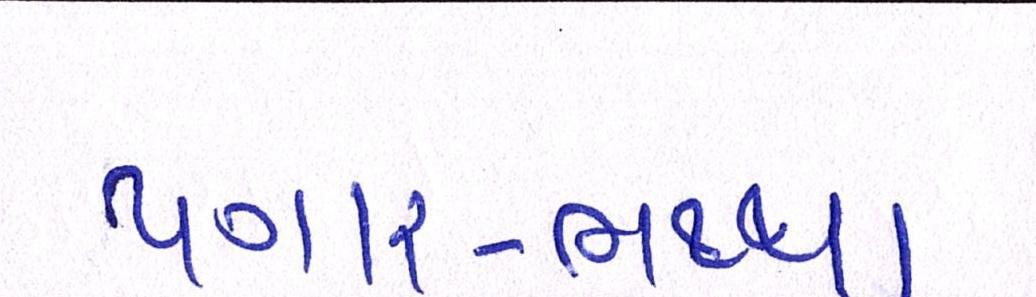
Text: પગાર-ભથ્થા